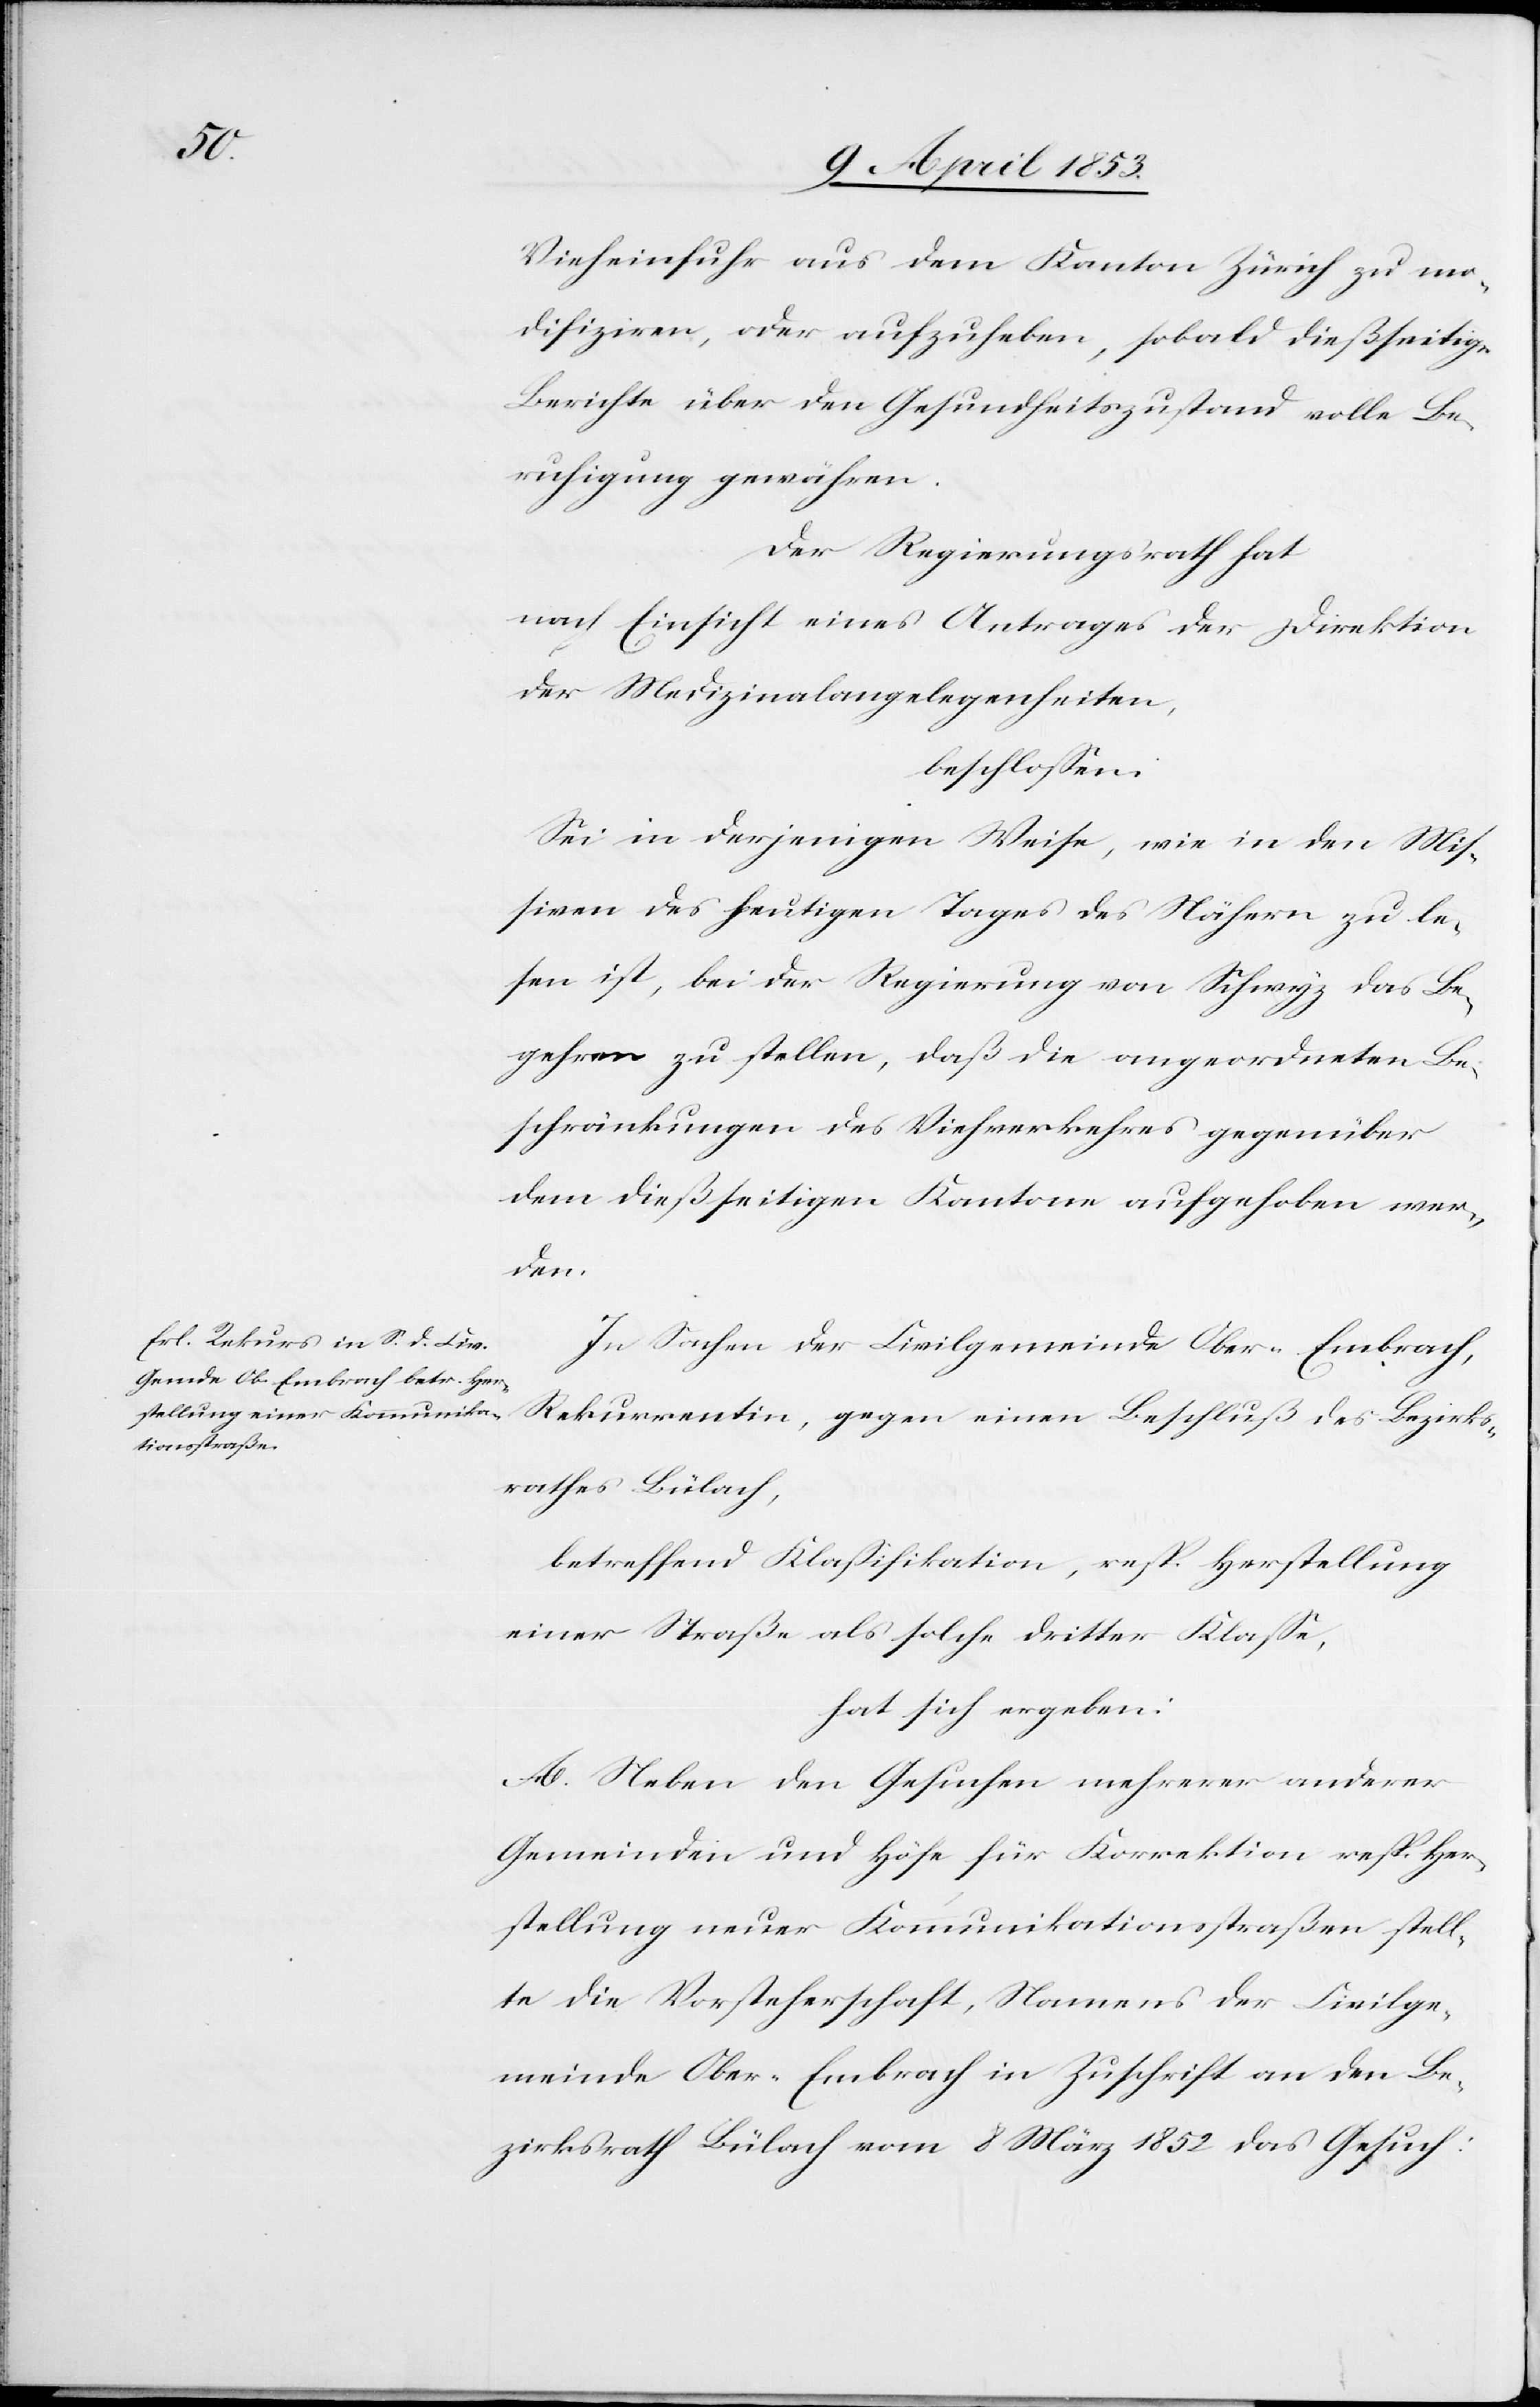
Vieheinfuhr aus dem Kanton Zürich zu mo¬
dizifiren, oder aufzuheben, sobald dießseitige
Berichte über den Gesundheitszustand volle Be¬
ruhigung gewähren.
Der Regierungsrath hat
nach Einsicht eines Antrages der Direktion
Medizinalangelegenheiten,
beschloßen:
Sei in derjenigen Weise, wie in den Miß¬
iven des heutigen Tages des Nähern zu le¬
sen ist, bei der Regierung von Schwyz das Be¬
gehren zu stellen, daß die angeordneten Be¬
schränkungen des Viehverkehres gegenüber
dem dießseitigen Kantone aufgehoben wer¬
den.
In Sachen der Civilgemeinde Ober-Embrach,
Rekurrentin, gegen einen Beschluß des Bezirks¬
rathes Bülach,
betreffend Klaßifikation, resp. Herstellung
einer Straße als solche dritter Klaße,
hat sich ergeben:
A. Neben den Gesuchen mehrerer anderer
Gemeinden und Höfe für Korrektion resp. Her¬
stellung neuer Kommunikationsstraßen stell¬
te die Vorsteherschaft, Namens der Civilge¬
meinde Ober-Embrach in Zuschrift an den Be¬
zirksrath Bülach vom 8 März 1852 das Gesuch: